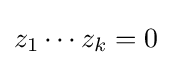
z_{1}\cdots z_{k}=0